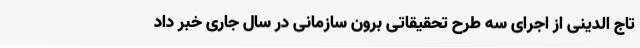
تاج الدینی از اجرای سه طرح تحقیقاتی برون سازمانی در سال جاری خبر داد